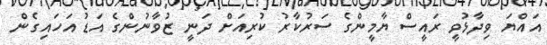
އައްޔަ ވިދާޅުވީ ރައީސް ޔާމީންގެ ސަރުކާރު ކުރިއަށް ދަނީ ޒުވާނުންގެ އަޑު އަހައިގެން